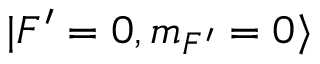
| F ^ { \prime } = 0 , m _ { F ^ { \prime } } = 0 \rangle